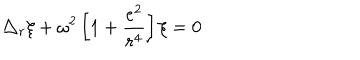
LaTeX: \triangle _ { r } \xi + \omega ^ { 2 } \left[ 1 + \frac { e ^ { 2 } } { r ^ { 4 } } \right] \xi = 0